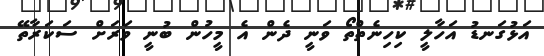
އަޅުގަނޑު އަހާލީ ކިހިނެތްތޯ ވަނީ ދެން އެ މީހުން ބުނީ ވަރަށް ސަކަރާތޭ